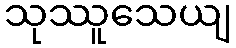
သုဿူသေယျ